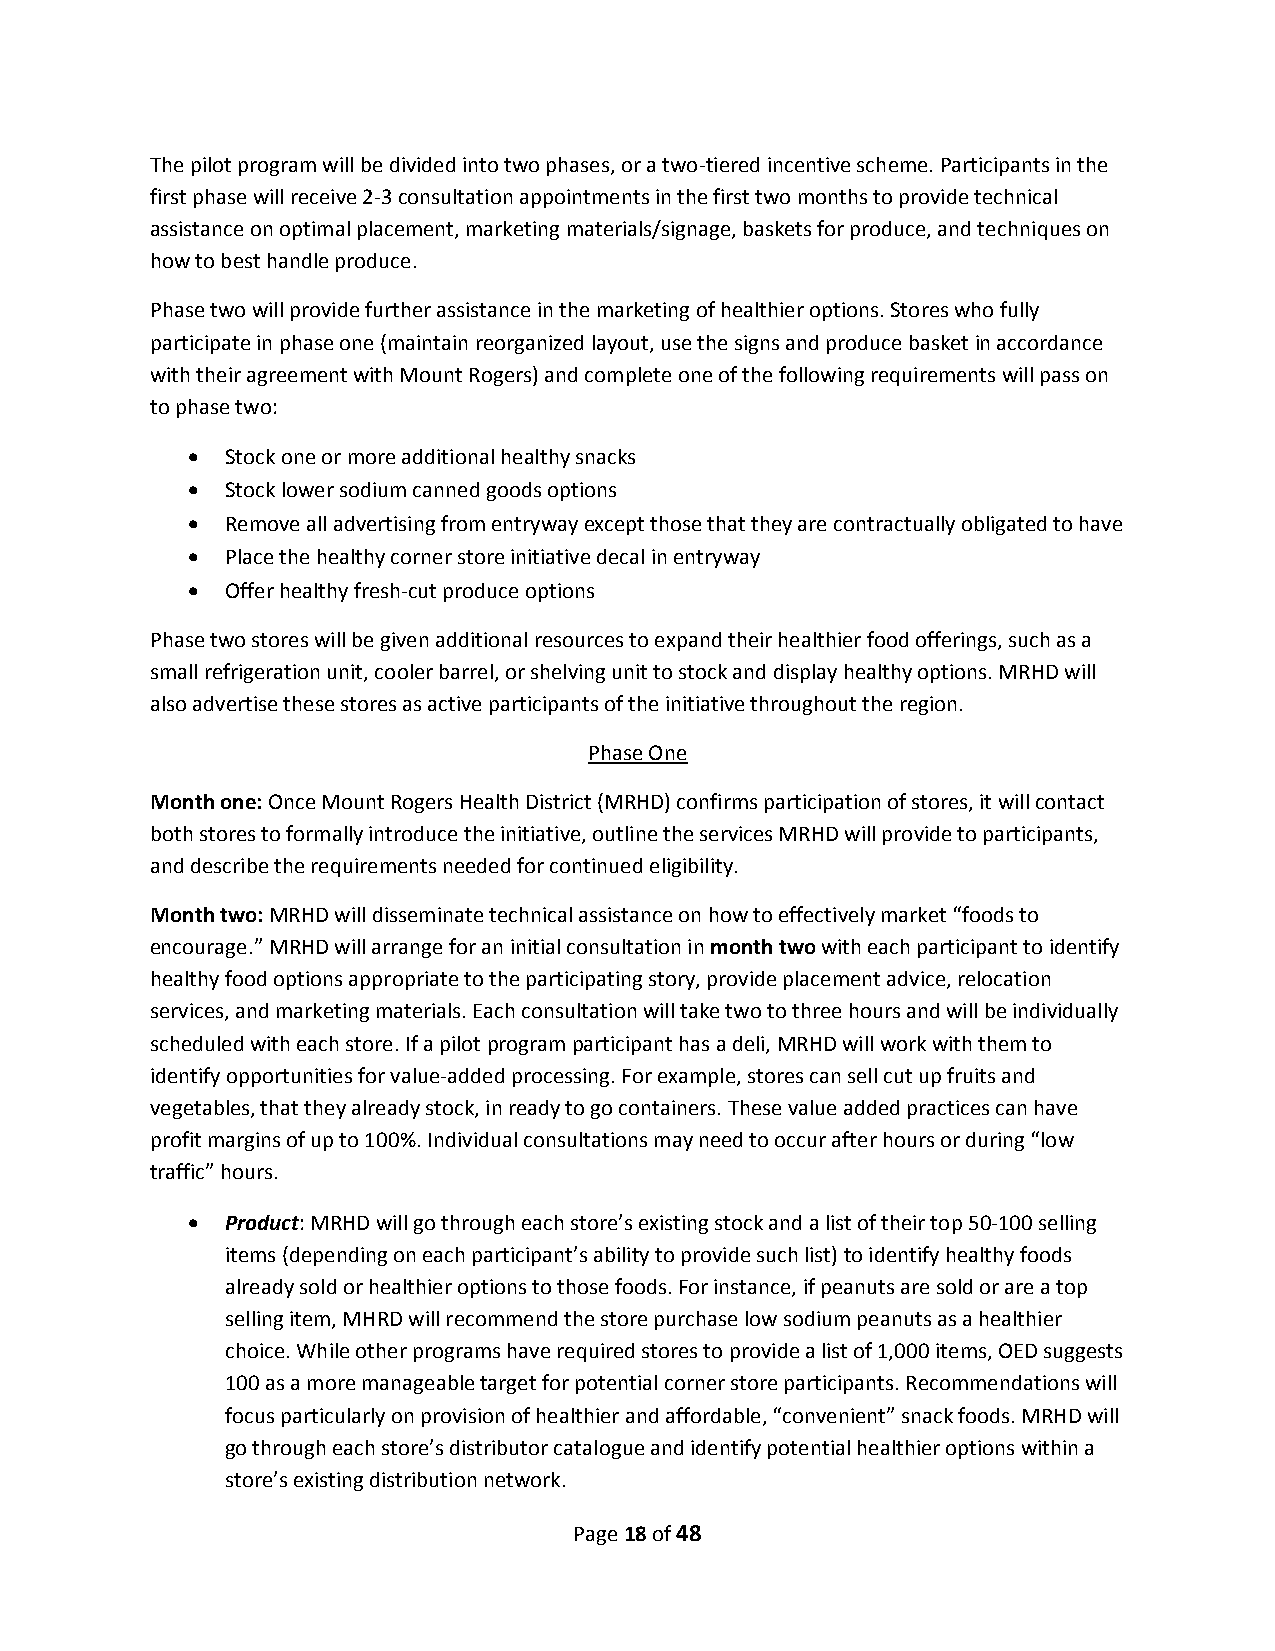
The pilot program will be divided into two phases, or a two-tiered incentive scheme. Participants in the
 first phase will receive 2-3 consultation appointments in the first two months to provide technical
 assistance on optimal placement, marketing materials/signage, baskets for produce, and techniques on
 how to best handle produce.
 Phase two will provide further assistance in the marketing of healthier options. Stores who fully
 participate in phase one (maintain reorganized layout, use the signs and produce basket in accordance
 with their agreement with Mount Rogers) and complete one of the following requirements will pass on
 to phase two:
   Stock one or more additional healthy snacks
   Stock lower sodium canned goods options
   Remove all advertising from entryway except those that they are contractually obligated to have
   Place the healthy corner store initiative decal in entryway
   Offer healthy fresh-cut produce options
 Phase two stores will be given additional resources to expand their healthier food offerings, such as a
 small refrigeration unit, cooler barrel, or shelving unit to stock and display healthy options. MRHD will
 also advertise these stores as active participants of the initiative throughout the region.
 Phase One
 Month one: Once Mount Rogers Health District (MRHD) confirms participation of stores, it will contact
 both stores to formally introduce the initiative, outline the services MRHD will provide to participants,
 and describe the requirements needed for continued eligibility.
 Month two: MRHD will disseminate technical assistance on how to effectively market “foods to
 encourage.” MRHD will arrange for an initial consultation in month two with each participant to identify
 healthy food options appropriate to the participating story, provide placement advice, relocation
 services, and marketing materials. Each consultation will take two to three hours and will be individually
 scheduled with each store. If a pilot program participant has a deli, MRHD will work with them to
 identify opportunities for value-added processing. For example, stores can sell cut up fruits and
 vegetables, that they already stock, in ready to go containers. These value added practices can have
 profit margins of up to 100%. Individual consultations may need to occur after hours or during “low
 traffic” hours.
   Product: MRHD will go through each store’s existing stock and a list of their top 50-100 selling
 items (depending on each participant’s ability to provide such list) to identify healthy foods
 already sold or healthier options to those foods. For instance, if peanuts are sold or are a top
 selling item, MHRD will recommend the store purchase low sodium peanuts as a healthier
 choice. While other programs have required stores to provide a list of 1,000 items, OED suggests
 100 as a more manageable target for potential corner store participants. Recommendations will
 focus particularly on provision of healthier and affordable, “convenient” snack foods. MRHD will
 go through each store’s distributor catalogue and identify potential healthier options within a
 store’s existing distribution network.
 Page 18 of 48